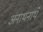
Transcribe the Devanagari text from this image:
अनाथनाथे